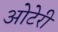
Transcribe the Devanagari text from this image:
ओटेरी